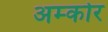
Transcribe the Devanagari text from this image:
अम्कोर